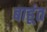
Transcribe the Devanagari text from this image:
बाहूंत